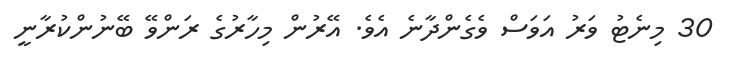
30 މިނެޓު ވަރު އަވަސް ވެގެންދާނެ އެވެ. އޭރުން މިހާރުގެ ރަންވޭ ބޭނުންކުރާނީ